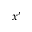
x ^ { \prime }